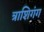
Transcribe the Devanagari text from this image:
त्राशिगंग